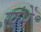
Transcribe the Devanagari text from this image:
खंभें